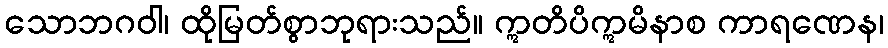
သောဘဂဝါ၊ ထိုမြတ်စွာဘုရားသည်။ ဣတိပိဣမိနာစ ကာရဏေန၊